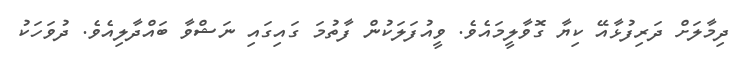
ދިމާލަށް ދަރިފުޅާއޭ ކިޔާ ގޮވާލީމައެވެ. ވީއުފަލަކުން ފާތުމަ ގައިގައި ނަޝްވާ ބައްދާލިއެވެ. ދުވަހަކު